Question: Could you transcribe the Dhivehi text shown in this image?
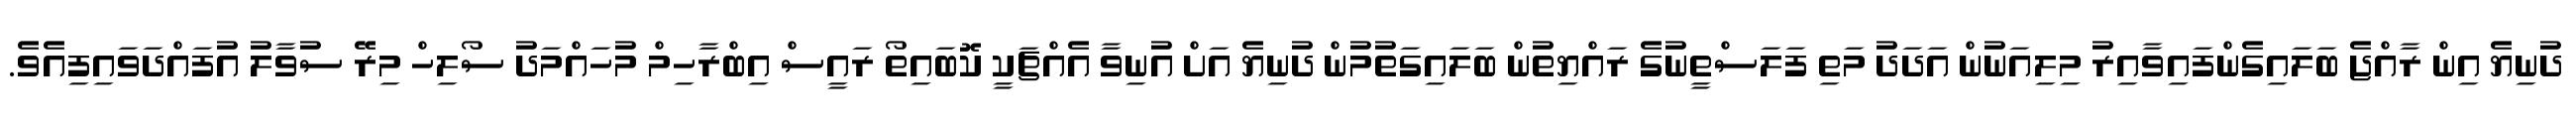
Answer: ދުނިޔެ އިން ރާއްޖެ ބަލައިގެންފައިވާއިރު މިލިއަނުން އަދަދު މަތި ފަލަސްތީނުގެ ރައްޔިތުން ބަލައިގަތުމުން ދުނިޔެ އަށް އުނިވާ އެއްޗަކީ ކޮބައިތޯ ރައީސް އިބްރާހިމް މުހައްމަދު ސޯލިހް މިރޭ ސުވާލު އުފައްދަވައިފިއެވެ.